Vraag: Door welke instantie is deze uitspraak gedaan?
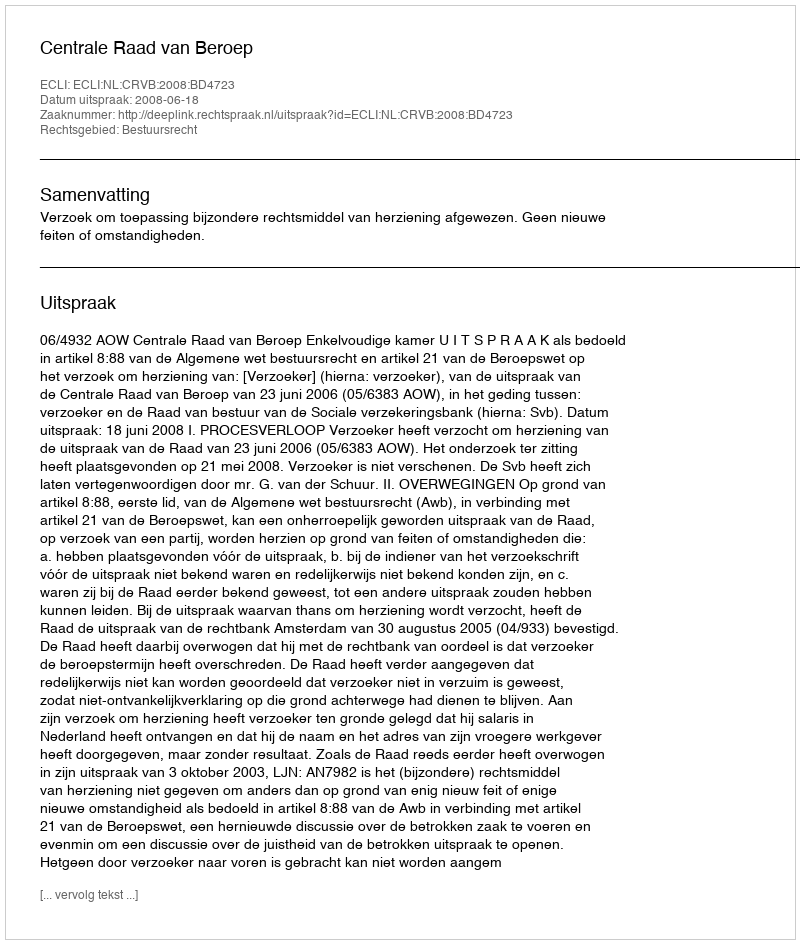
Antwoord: Centrale Raad van Beroep